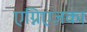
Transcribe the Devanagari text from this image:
एग्निएज़का